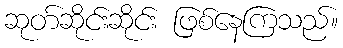
ဆုတ်ဆိုင်းဆိုင်း ဖြစ်နေကြသည်။